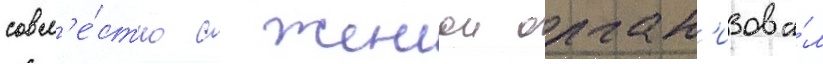
совм'е́стно с женои орган'изова́л